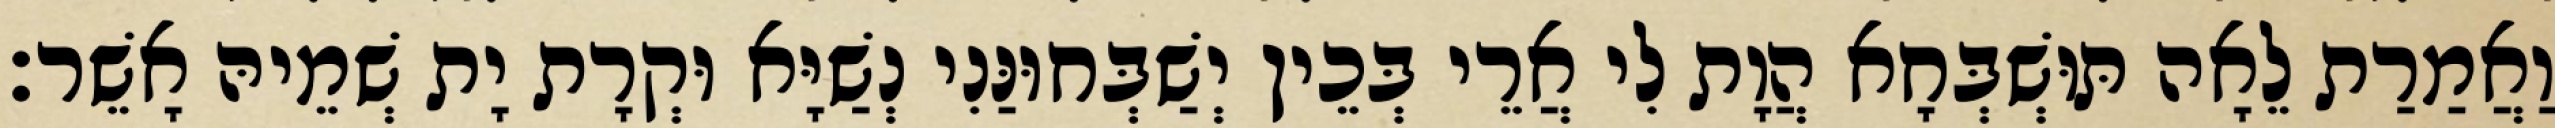
וַאֲמַרַת לֵאָה תּוּשְׁבְּחָא הֲוָת לִי אֲרֵי בְּכֵין יְשַׁבְּחוּנַּנִי נְשַׁיָּא וּקְרָת יָת שְׁמֵיהּ אָשֵׁר׃